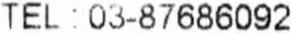
TEL : 03-87686092